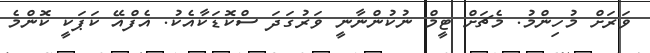
ވަރަށް މުހިންމު. މެޗަށް ޓީމް ނުކުންނާނީ ވަރުގަދަ ސްކޮޑަކާއެކު. އެފްއޭ ކަޕަކީ ކޮންމެ